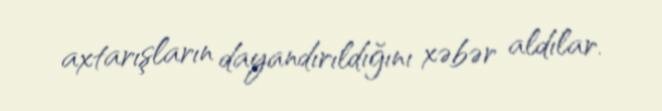
axtarışların dayandırıldığını xəbər aldılar.